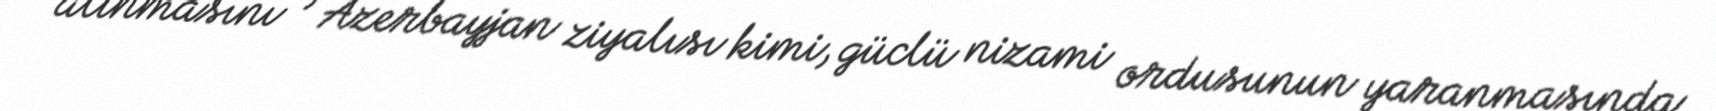
alınmasını , Azerbayjan ziyalısı kimi, güclü nizami ordusunun yaranmasında